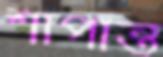
শাপান্ত